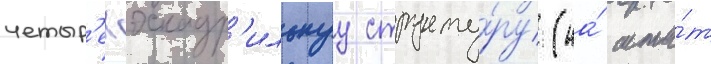
четыр'ехэскадр'ильнуу структу́ру (на́ шта́т